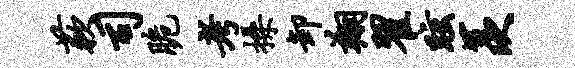
蔌司脆考操卸翔翟眩羡